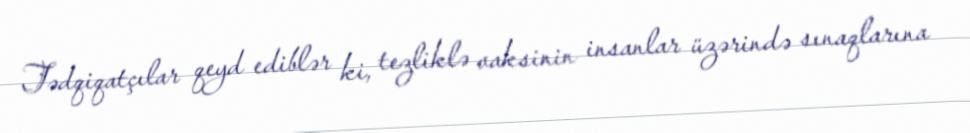
Tədqiqatçılar qeyd ediblər ki, tezliklə vaksinin insanlar üzərində sınaqlarına